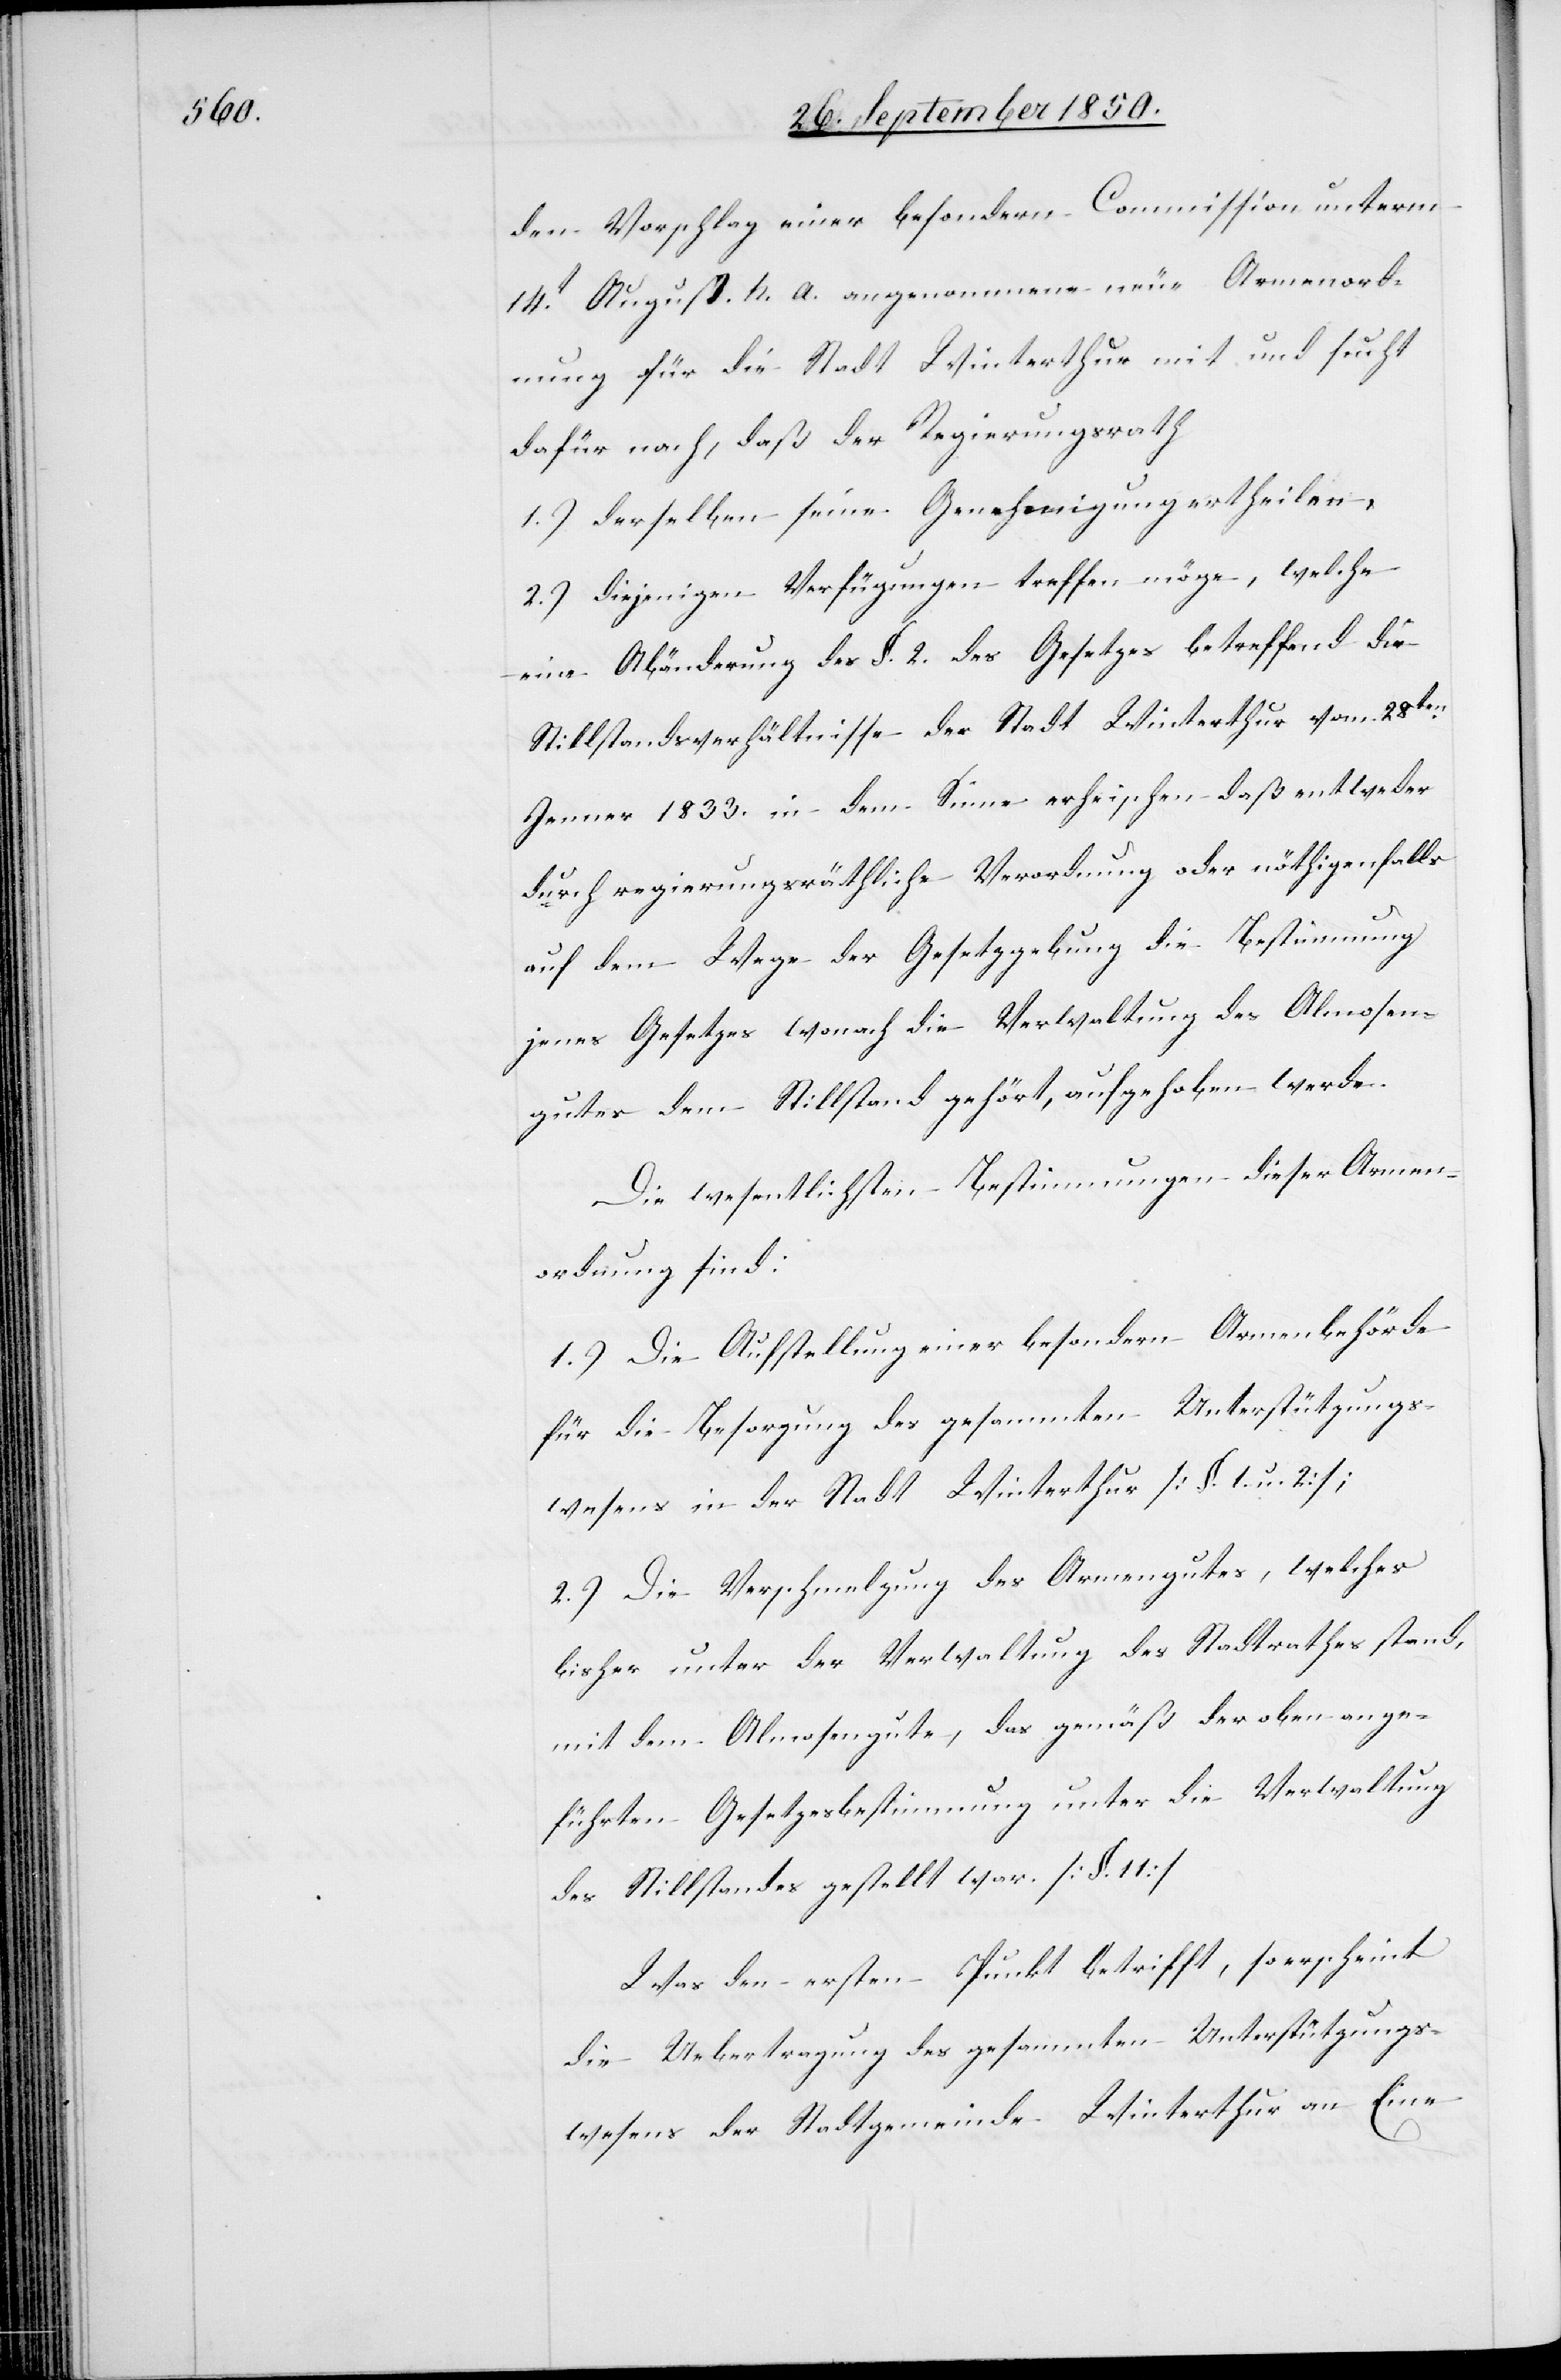
den Vorschlag einer besondern Commission unterm
14t August h. a. angenommene neue Armenord¬
nung für die Stadt Winterthur mit und sucht
dafür nach, daß der Regierungsrath
1.) derselben seine Genehmigung ertheilen,
2.) diejenigen Verfügungen treffen möge, welche
eine Abänderung des §. 2. des Gesetzes betreffend die
Stillstandsverhältnisse der Stadt Winterthur vom 28ten
Jenner 1833. in dem Sinne erheischen[,] daß entweder
durch regierungsräthliche Verordnung oder nöthigenfalls
auf dem Wege der Gesetzgebung die Bestimmung
jenes Gesetzes wonach die Verwaltung des Almosen¬
gutes dem Stillstand gehört, aufgehoben werde.
Die wesentlichsten Bestimmungen dieser Armen¬
ordnung sind:
1.) Die Aufstellung einer besondern Armenbehörde
für die Besorgung des gesammten Unterstützungs¬
wesens in der Stadt Winterthur [§. 1. u. 2.];
2.) Die Verschmelzung des Armengutes, welches
bisher unter der Verwaltung des Stadtrathes stand,
mit dem Almosengute, das gemäß der oben ange¬
führten Gesetzesbestimmung unter die Verwaltung
des Stillstandes gestellt war. [§. 11]
Was den ersten Punkt betrifft, so erscheint
die Uebertragung des gesammten Unterstützungs¬
wesens der Stadtgemeinde Winterthur an Eine